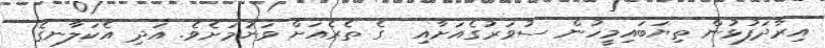
އިރާދަފުޅުން ތިޔަބައިމީހުން ސުވަރުގެއަށާއި  ގެ ތެރެއަށް ވަނުމަށެވެ. އަދި އެކަލާނގެ